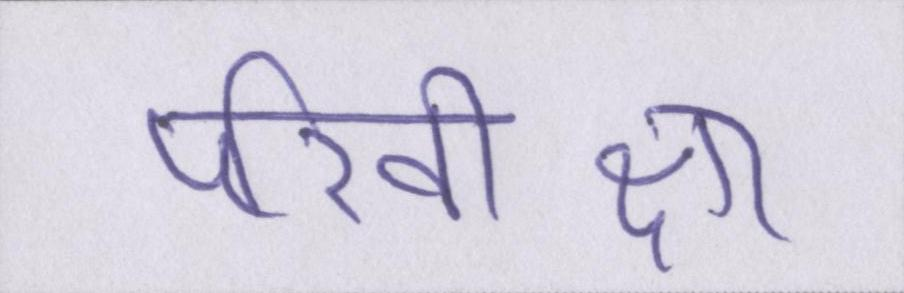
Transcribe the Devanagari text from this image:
परिवीक्षा